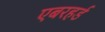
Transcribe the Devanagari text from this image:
एबरहर्ड